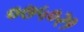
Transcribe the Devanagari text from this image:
०७५०२१